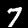
Label: 7